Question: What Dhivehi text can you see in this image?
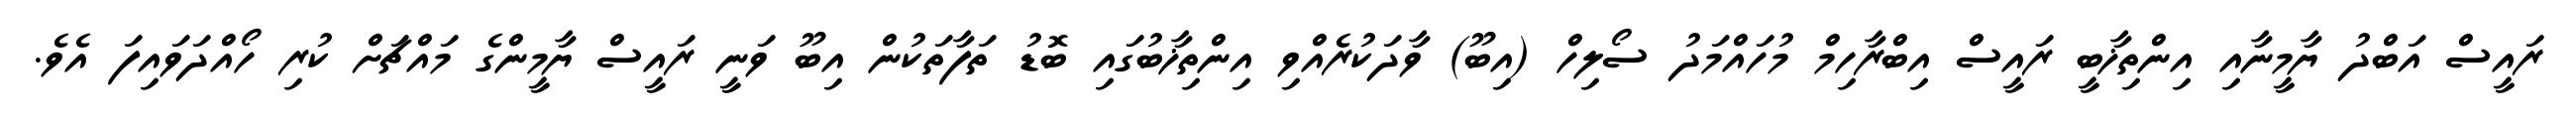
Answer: ރައީސް އަބްދު ޔާމީނާއި އިންތިޚާބީ ރައީސް އިބްރާހިމް މުހައްމަދު ސޯލިހް (އިބޫ) ވާދަކުރެއްވި އިންތިޚާބުގައި ބޮޑު ތަފާތަކުން އިބޫ ވަނީ ރައީސް ޔާމީންގެ މައްޗަށް ކުރި ހޯއްދަވައިފަ އެވެ.